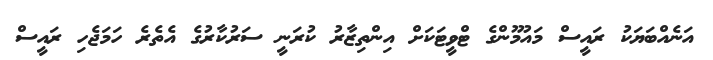
އަނެއްބަޔަކު ރައީސް މައުމޫންގެ ޓްވީޓަކަށް އިންތިޒާރު ކުރަނީ ސަރުކާރުގެ އެތެރެ ހަމަޖެހި ރައީސް